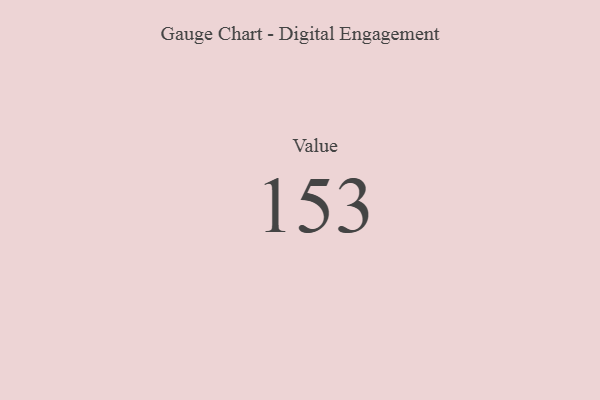
{"axis": {"x": "Metric", "y": "Value"}, "legend": [""], "data": [{"x": "Value", "y": 153, "type": ""}]}